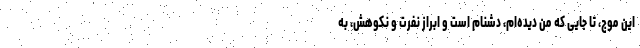
این موج، تا جایی که من دیده‌ام، دشنام است و ابراز نفرت و نکوهش، به